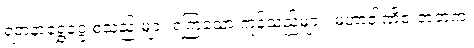
ရတနာရွှေငွေ စသည် များ ရကြသော ကုန်သည်များ၊ မဟာဝါဏိဇ ဇာတက၊